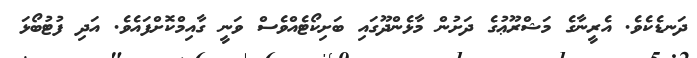
ދަނޑެކެވެ. އެރީނާގެ މަޝްރޫޢުގެ ދަށުން މާޅެންދޫގައި ބަށިކޯޓެއްވެސް ވަނީ ގާއިމްކޮށްފައެވެ. އަދި ފުޓުބޯޅަ